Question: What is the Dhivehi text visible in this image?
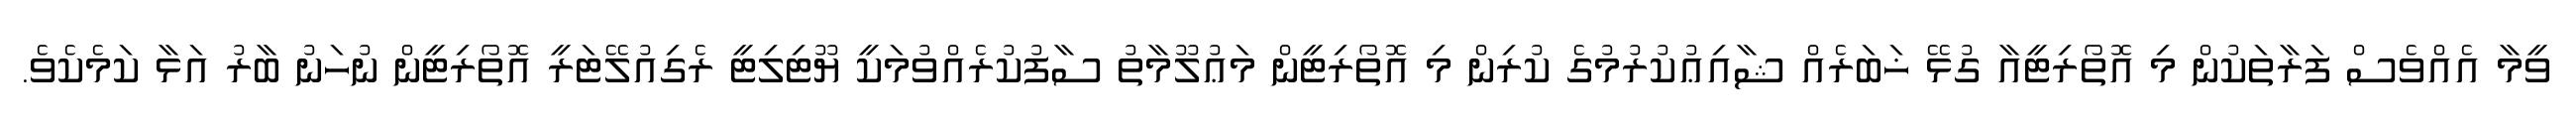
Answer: ވީމާ އެއްވެސް ފަރާތަކުން މި އޮތޯރިޓީއާ ގުޅޭ ޚަބަރެއް ޝާއިޢުކުރުމުގެ ކުރިން މި އޮތޯރިޓީން މަޢުލޫމާތު ސާފުކުރެއްވުމަކީ ޔޫޓިލިޓީ ރެގިއުލޭޓަރީ އޮތޯރިޓީން ނުހަނު ބާރު އަޅާ ކަމެކެވެ.